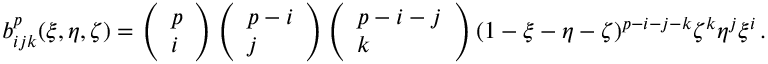
\begin{array} { r } { b _ { i j k } ^ { p } ( \xi , \eta , \zeta ) = \left( \begin{array} { l } { p } \\ { i } \end{array} \right) \left( \begin{array} { l } { p - i } \\ { j } \end{array} \right) \left( \begin{array} { l } { p - i - j } \\ { k } \end{array} \right) ( 1 - \xi - \eta - \zeta ) ^ { p - i - j - k } \zeta ^ { k } \eta ^ { j } \xi ^ { i } \, . } \end{array}